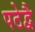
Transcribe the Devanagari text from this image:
पठेद्वै